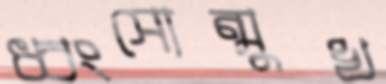
ধ্বংসোন্মুখ